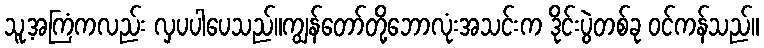
သူ့အကြံကလည်း လှပပါပေသည်။ကျွန်တော်တို့ဘောလုံးအသင်းက ဒိုင်းပွဲတစ်ခု ဝင်ကန်သည်။